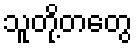
သူတို့တတွေ